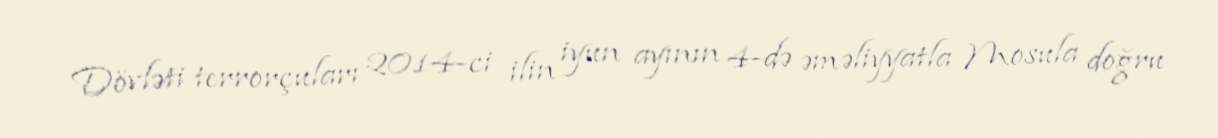
Dövləti terrorçuları 2014-ci ilin iyun ayının 4-də əməliyyatla Mosula doğru